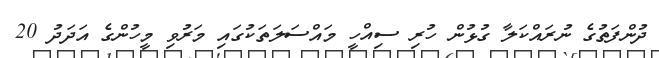
ދުންފަތުގެ ނުރައްކަލާ ގުޅުން ހުރި ސިއްހީ މައްސަލަތަކުގައި މަރުވި މީހުންގެ އަދަދު 20